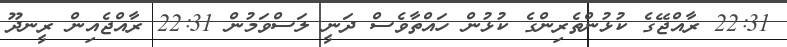
22:31 ރާއްޖޭގެ ކުޅުންތެެރިންގެ ކުޅުން ހައްތާވެސް ދަނީ ލަސްވަމުން 22:31 ރާއްޖެއިން ރީނދޫ